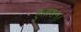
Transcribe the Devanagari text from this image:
हुताशन।